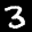
Label: 3